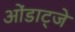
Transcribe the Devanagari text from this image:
ओंडाट्जे